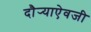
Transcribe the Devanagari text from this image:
दौर्‍याऐवजी